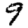
Digit: 9